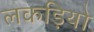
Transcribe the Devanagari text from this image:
लकड़ियो